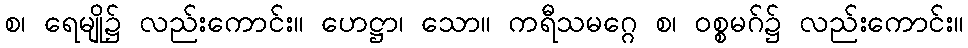
စ၊ ရေမျို၌ လည်းကောင်း။ ဟေဋ္ဌာ၊ သော။ ကရီသမဂ္ဂေ စ၊ ဝစ္စမဂ်၌ လည်းကောင်း။